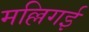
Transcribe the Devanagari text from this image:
मल्लिगई